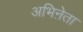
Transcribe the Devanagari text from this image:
अभिऩेता